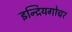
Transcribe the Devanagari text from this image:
इन्द्रियगोचर